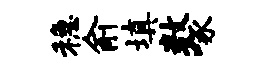
稳俞填数啄